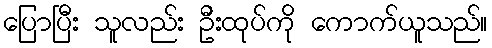
ပြောပြီး သူလည်း ဦးထုပ်ကို ကောက်ယူသည်။